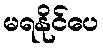
မရနိုင်ပေ